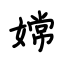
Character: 嫦